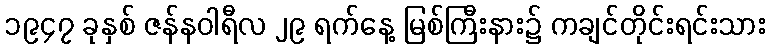
၁၉၄၇ ခုနှစ် ဇန်နဝါရီလ ၂၉ ရက်နေ့ မြစ်ကြီးနား၌ ကချင်တိုင်းရင်းသား